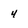
Character: 4